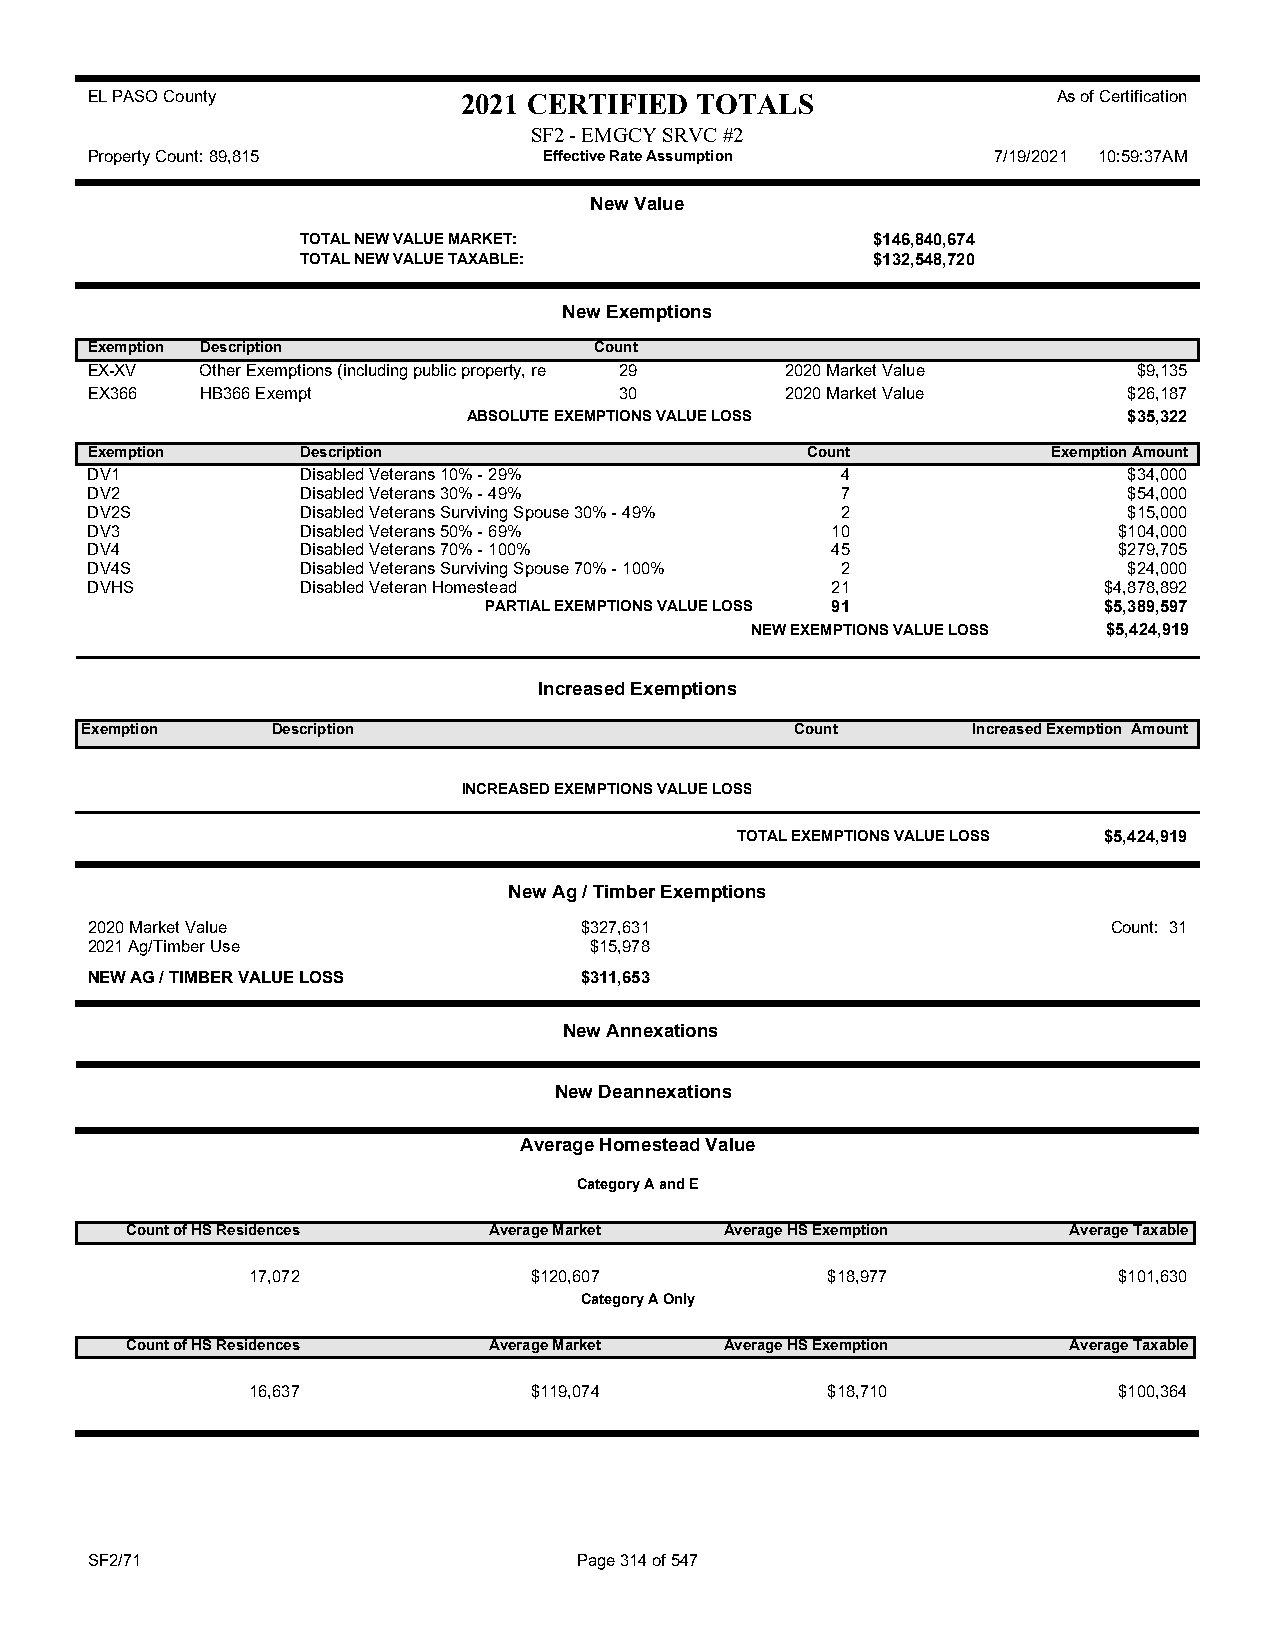
EL PASO County           2021 CERTIFIED TOTALS                  As of Certification
 SF2 - EMGCY SRVC #2
 Property Count: 89,815        Effective Rate Assumption     7/19/2021 10:59:37AM
 New Value
 TOTAL NEW VALUE MARKET:               $146,840,674
 TOTAL NEW VALUE TAXABLE:              $132,548,720
 New Exemptions
 Exemption Description            Count
 EX-XV  Other Exemptions (including public property, re 29 2020 Market Value $9,135
 EX366  HB366 Exempt                30         2020 Market Value      $26,187
 ABSOLUTE EXEMPTIONS VALUE LOSS              $35,322
 Exemption     Description                      Count            Exemption Amount
 DV1           Disabled Veterans 10% - 29%         4                  $34,000
 DV2           Disabled Veterans 30% - 49%         7                  $54,000
 DV2S          Disabled Veterans Surviving Spouse 30% - 49% 2         $15,000
 DV3           Disabled Veterans 50% - 69%        10                 $104,000
 DV4           Disabled Veterans 70% - 100%       45                 $279,705
 DV4S          Disabled Veterans Surviving Spouse 70% - 100% 2        $24,000
 DVHS          Disabled Veteran Homestead         21                $4,878,892
 PARTIAL EXEMPTIONS VALUE LOSS 91         $5,389,597
 NEW EXEMPTIONS VALUE LOSS $5,424,919
 Increased Exemptions
 Exemption    Description                        Count      Increased Exemption Amount
 INCREASED EXEMPTIONS VALUE LOSS
 TOTAL EXEMPTIONS VALUE LOSS $5,424,919
 New Ag / Timber Exemptions
 2020 Market Value               $327,631                            Count: 31
 2021 Ag/Timber Use               $15,978
 NEW AG / TIMBER VALUE LOSS      $311,653
 New Annexations
 New Deannexations
 Average Homestead Value
 Category A and E
 Count of HS Residences  Average Market  Average HS Exemption   Average Taxable
 17,072             $120,607            $18,977            $101,630
 Category A Only
 Count of HS Residences  Average Market  Average HS Exemption   Average Taxable
 16,637             $119,074            $18,710            $100,364
 SF2/71                          Page 314 of 547